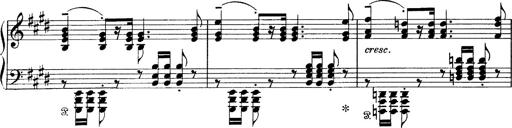
Title: Scherzo und Marsch
Composer: Franz Liszt